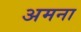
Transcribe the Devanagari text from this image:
अमना